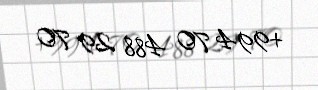
+994 70 488 29 70